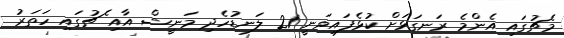
މެޗުގައި އެންމެ ރަނގަޅަށް ކުޅެފައިވަނީ 21 ލަނޑުހެދި މަނީޝް އާއި ެޗުގައި ހަތަރު